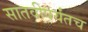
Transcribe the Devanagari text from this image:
सातवीपर्यंतच